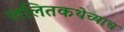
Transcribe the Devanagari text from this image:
ललितकथेच्याच